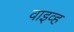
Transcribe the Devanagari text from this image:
वाइव्ह